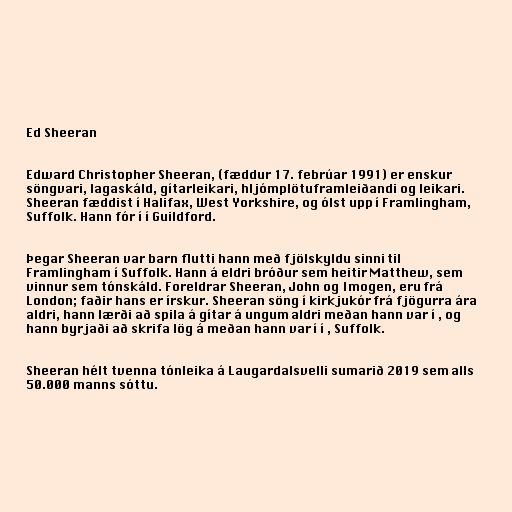
Ed Sheeran

Edward Christopher Sheeran, (fæddur 17. febrúar 1991) er enskur
söngvari, lagaskáld, gítarleikari, hljómplötuframleiðandi og leikari.
Sheeran fæddist í Halifax, West Yorkshire, og ólst upp í Framlingham,
Suffolk. Hann fór í í Guildford.

Þegar Sheeran var barn flutti hann með fjölskyldu sinni til
Framlingham í Suffolk. Hann á eldri bróður sem heitir Matthew, sem
vinnur sem tónskáld. Foreldrar Sheeran, John og Imogen, eru frá
London; faðir hans er írskur. Sheeran söng í kirkjukór frá fjögurra ára
aldri, hann lærði að spila á gítar á ungum aldri meðan hann var í , og
hann byrjaði að skrifa lög á meðan hann var í í , Suffolk.

Sheeran hélt tvenna tónleika á Laugardalsvelli sumarið 2019 sem alls
50.000 manns sóttu.